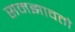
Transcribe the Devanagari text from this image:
समझावतो